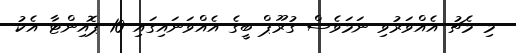
މި މެޗު އެއްވަރުވި ނަމަވެސް ގުރޫޕް ބީގެ އެއްވަނައިގައި 10 ޕޮއިންޓާ އެކު